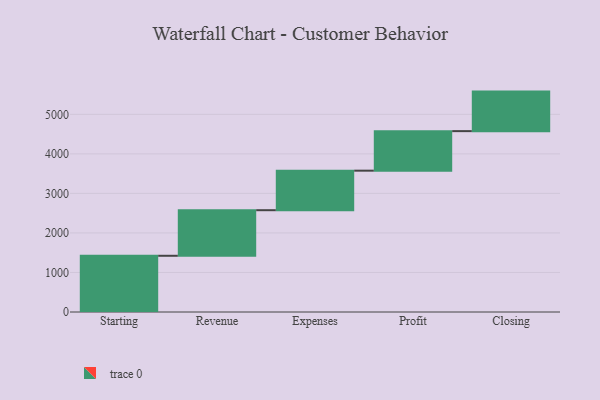
{"axis": {"x": "Step", "y": "Value"}, "legend": [""], "data": [{"x": "Starting", "y": 1422.0, "type": ""}, {"x": "Revenue", "y": 1153.0, "type": ""}, {"x": "Expenses", "y": 1000, "type": ""}, {"x": "Profit", "y": 1000, "type": ""}, {"x": "Closing", "y": 1000, "type": ""}]}